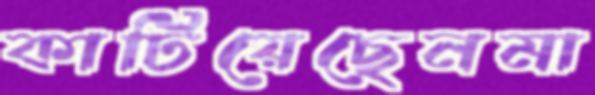
কাটিয়েছেনমা